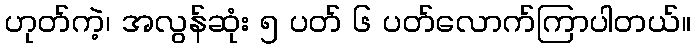
ဟုတ်ကဲ့၊ အလွန်ဆုံး ၅ ပတ် ၆ ပတ်လောက်ကြာပါတယ်။